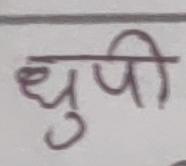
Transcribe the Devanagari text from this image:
धूपी